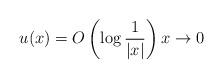
LaTeX: \begin{align*} u(x)=O\left( \log \frac{1}{|x|} \right) x\to0 \end{align*}